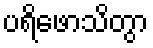
ပရိဖောသိတွာ